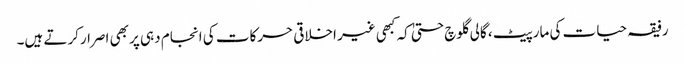
رفیقہ حیات کی مارپیٹ ، گالی گلوچ حتیٰ کہ کبھی غیر اخلاقی حرکات کی انجام دہی پر بھی اصرارکرتے ہیں۔